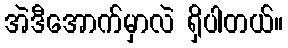
အဲဒီအောက်မှာလဲ ရှိပါတယ်။